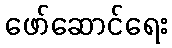
ဖော်ဆောင်ရေး